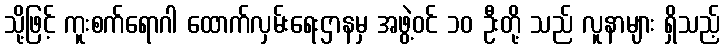
သို့ဖြင့် ကူးစက်ရောဂါ ထောက်လှမ်းရေးဌာနမှ အဖွဲ့ဝင် ၁၀ ဦးတို့ သည် လူနာများ ရှိသည့်